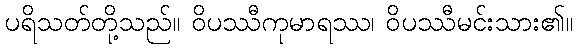
ပရိသတ်တို့သည်။ ဝိပဿီကုမာရဿ၊ ဝိပဿီမင်းသား၏။